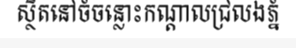
ស្ថិតនៅចំចន្លោះកណ្តាលជ្រលងភ្នំ